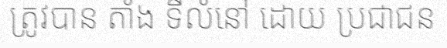
ត្រូវបាន តាំង ទីលំនៅ ដោយ ប្រជាជន